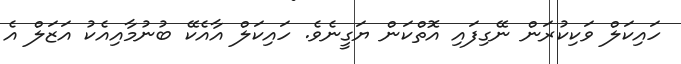
ހައިކަލް ވަކިކުރަން ނޭގިފައި އޮތްކަން ޔަގީނެވެ. ހައިކަލް އާއެކޭ ބުނުމާއިއެކު އަޒަލް އެ